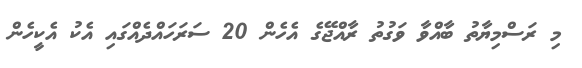
މި ރަސްމިޔާތު ބާއްވާ ވަގުތު ރާއްޖޭގެ އެހެން 20 ސަރަހައްދެއްގައި އެކު އެކީހެން